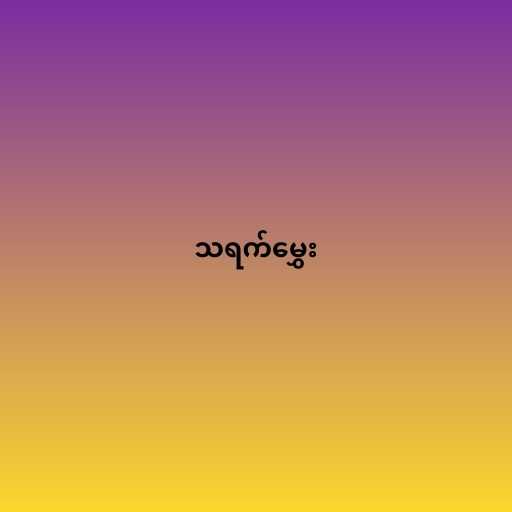
သရက်မွှေး